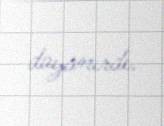
dayanırdı.